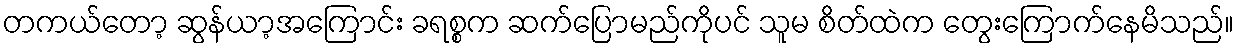
တကယ်တော့ ဆွန်ယာ့အကြောင်း ခရစ္စက ဆက်ပြောမည်ကိုပင် သူမ စိတ်ထဲက တွေးကြောက်နေမိသည်။